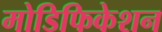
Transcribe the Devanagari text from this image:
मोडिफिकेशन